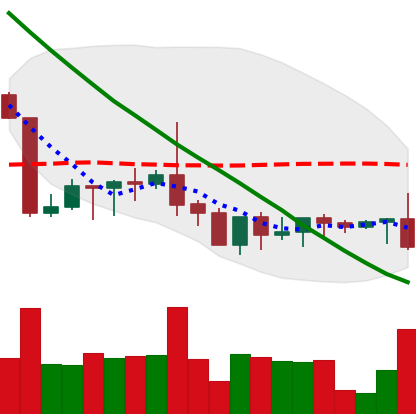
Ticker: XRP-USD
Chart end date: 2022-09-06
Forward return: 10.214%
Label: up_7plus